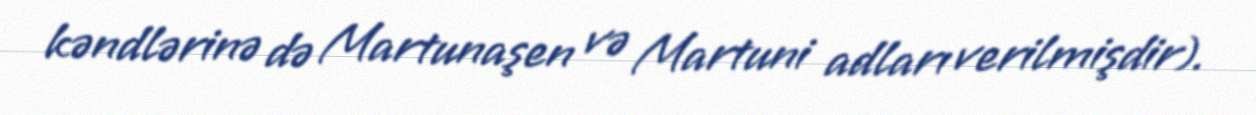
kəndlərinə də Martunaşen və Martuni adları verilmişdir).